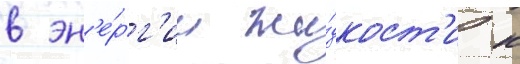
в эн'е́рг'ии жи́дкост'и к